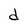
Character: d